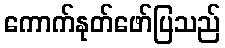
ကောက်နုတ်ဖော်ပြသည်